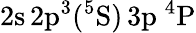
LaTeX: \mathrm{2s\, 2p^{3}(^{5}S)\, 3p~^{4}P}